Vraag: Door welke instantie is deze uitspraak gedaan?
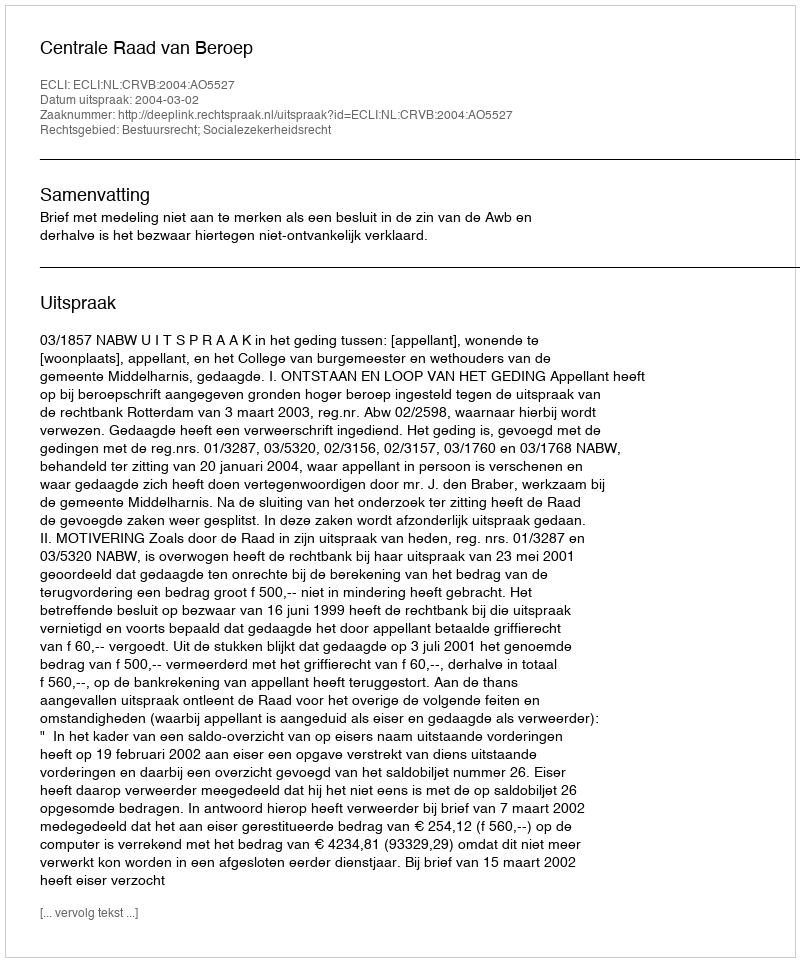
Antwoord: Centrale Raad van Beroep